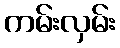
ကမ်းလှမ်း